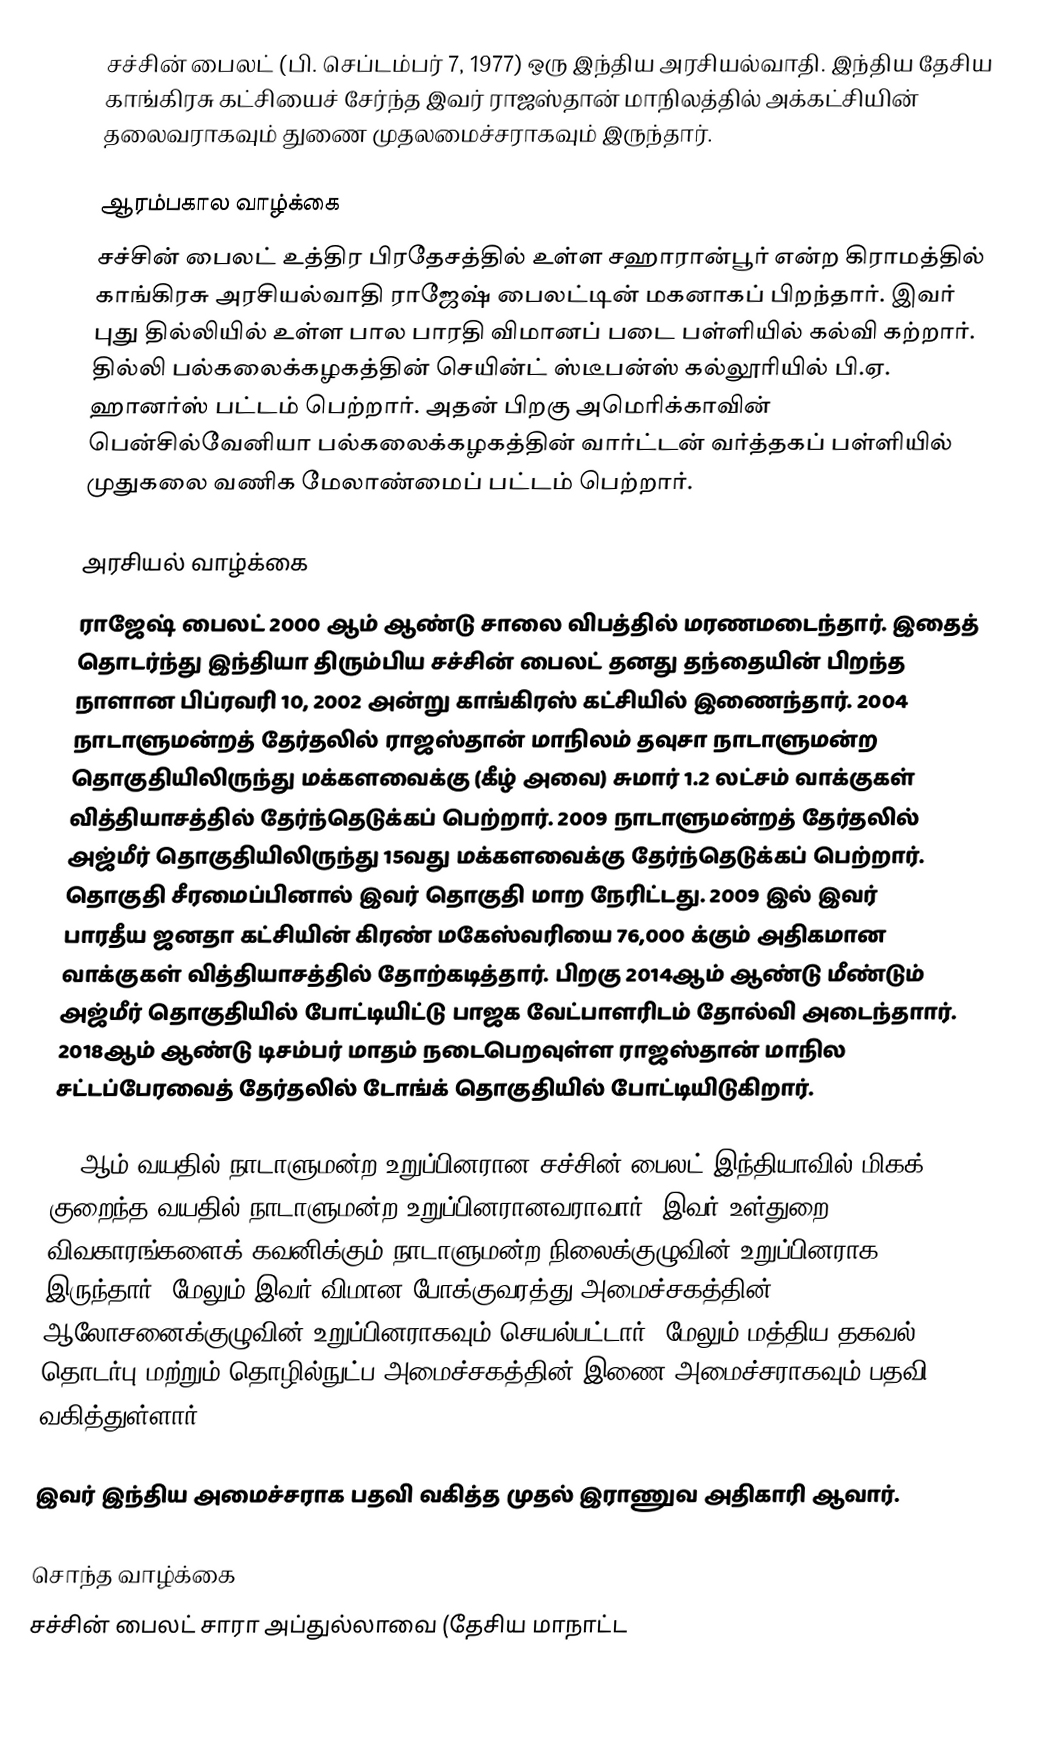
சச்சின் பைலட் (பி. செப்டம்பர் 7, 1977) ஒரு இந்திய அரசியல்வாதி. இந்திய தேசிய காங்கிரசு கட்சியைச் சேர்ந்த இவர் ராஜஸ்தான் மாநிலத்தில் அக்கட்சியின் தலைவராகவும் துணை முதலமைச்சராகவும் இருந்தார்.

ஆரம்பகால வாழ்க்கை
சச்சின் பைலட் உத்திர பிரதேசத்தில் உள்ள சஹாரான்பூர் என்ற கிராமத்தில் காங்கிரசு அரசியல்வாதி ராஜேஷ் பைலட்டின் மகனாகப் பிறந்தார். இவர் புது தில்லியில் உள்ள பால பாரதி விமானப் படை பள்ளியில் கல்வி கற்றார். தில்லி பல்கலைக்கழகத்தின் செயின்ட் ஸ்டீபன்ஸ் கல்லூரியில் பி.ஏ. ஹானர்ஸ் பட்டம் பெற்றார். அதன் பிறகு அமெரிக்காவின் பென்சில்வேனியா பல்கலைக்கழகத்தின் வார்ட்டன் வர்த்தகப் பள்ளியில் முதுகலை வணிக மேலாண்மைப் பட்டம் பெற்றார்.

அரசியல் வாழ்க்கை
ராஜேஷ் பைலட் 2000 ஆம் ஆண்டு சாலை விபத்தில் மரணமடைந்தார். இதைத் தொடர்ந்து இந்தியா திரும்பிய சச்சின் பைலட் தனது தந்தையின் பிறந்த நாளான பிப்ரவரி 10, 2002 அன்று காங்கிரஸ் கட்சியில் இணைந்தார். 2004 நாடாளுமன்றத் தேர்தலில் ராஜஸ்தான் மாநிலம் தவுசா நாடாளுமன்ற தொகுதியிலிருந்து மக்களவைக்கு (கீழ் அவை) சுமார் 1.2 லட்சம் வாக்குகள் வித்தியாசத்தில் தேர்ந்தெடுக்கப் பெற்றார். 2009 நாடாளுமன்றத் தேர்தலில் அஜ்மீர் தொகுதியிலிருந்து 15வது மக்களவைக்கு தேர்ந்தெடுக்கப் பெற்றார். தொகுதி சீரமைப்பினால் இவர் தொகுதி மாற நேரிட்டது. 2009 இல் இவர் பாரதீய ஜனதா கட்சியின் கிரண் மகேஸ்வரியை 76,000 க்கும் அதிகமான வாக்குகள் வித்தியாசத்தில் தோற்கடித்தார். பிறகு 2014ஆம் ஆண்டு மீண்டும் அஜ்மீர் தொகுதியில் போட்டியிட்டு பாஜக வேட்பாளரிடம் தோல்வி அடைந்தாார். 2018ஆம் ஆண்டு டிசம்பர் மாதம் நடைபெறவுள்ள ராஜஸ்தான் மாநில சட்டப்பேரவைத் தேர்தலில் டோங்க் தொகுதியில் போட்டியிடுகிறார்.

26 ஆம் வயதில் நாடாளுமன்ற உறுப்பினரான சச்சின் பைலட் இந்தியாவில் மிகக் குறைந்த வயதில் நாடாளுமன்ற உறுப்பினரானவராவார். இவர் உள்துறை விவகாரங்களைக் கவனிக்கும் நாடாளுமன்ற நிலைக்குழுவின் உறுப்பினராக இருந்தார். மேலும் இவர் விமான போக்குவரத்து அமைச்சகத்தின் ஆலோசனைக்குழுவின் உறுப்பினராகவும் செயல்பட்டார். மேலும் மத்திய தகவல் தொடர்பு மற்றும் தொழில்நுட்ப அமைச்சகத்தின் இணை அமைச்சராகவும் பதவி வகித்துள்ளார்.

இவர் இந்திய அமைச்சராக பதவி வகித்த முதல் இராணுவ அதிகாரி ஆவார்.

சொந்த வாழ்க்கை
சச்சின் பைலட் சாரா அப்துல்லாவை (தேசிய மாநாட்ட